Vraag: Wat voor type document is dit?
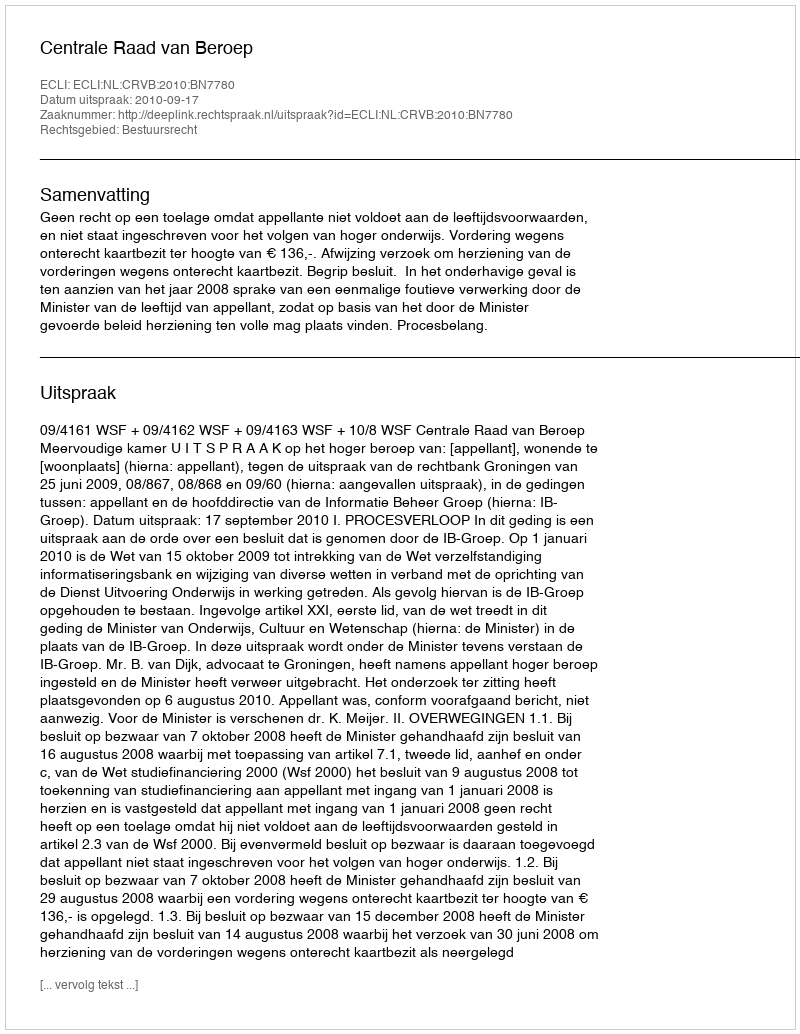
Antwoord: Uitspraak